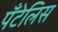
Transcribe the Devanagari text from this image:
पँटेलिस